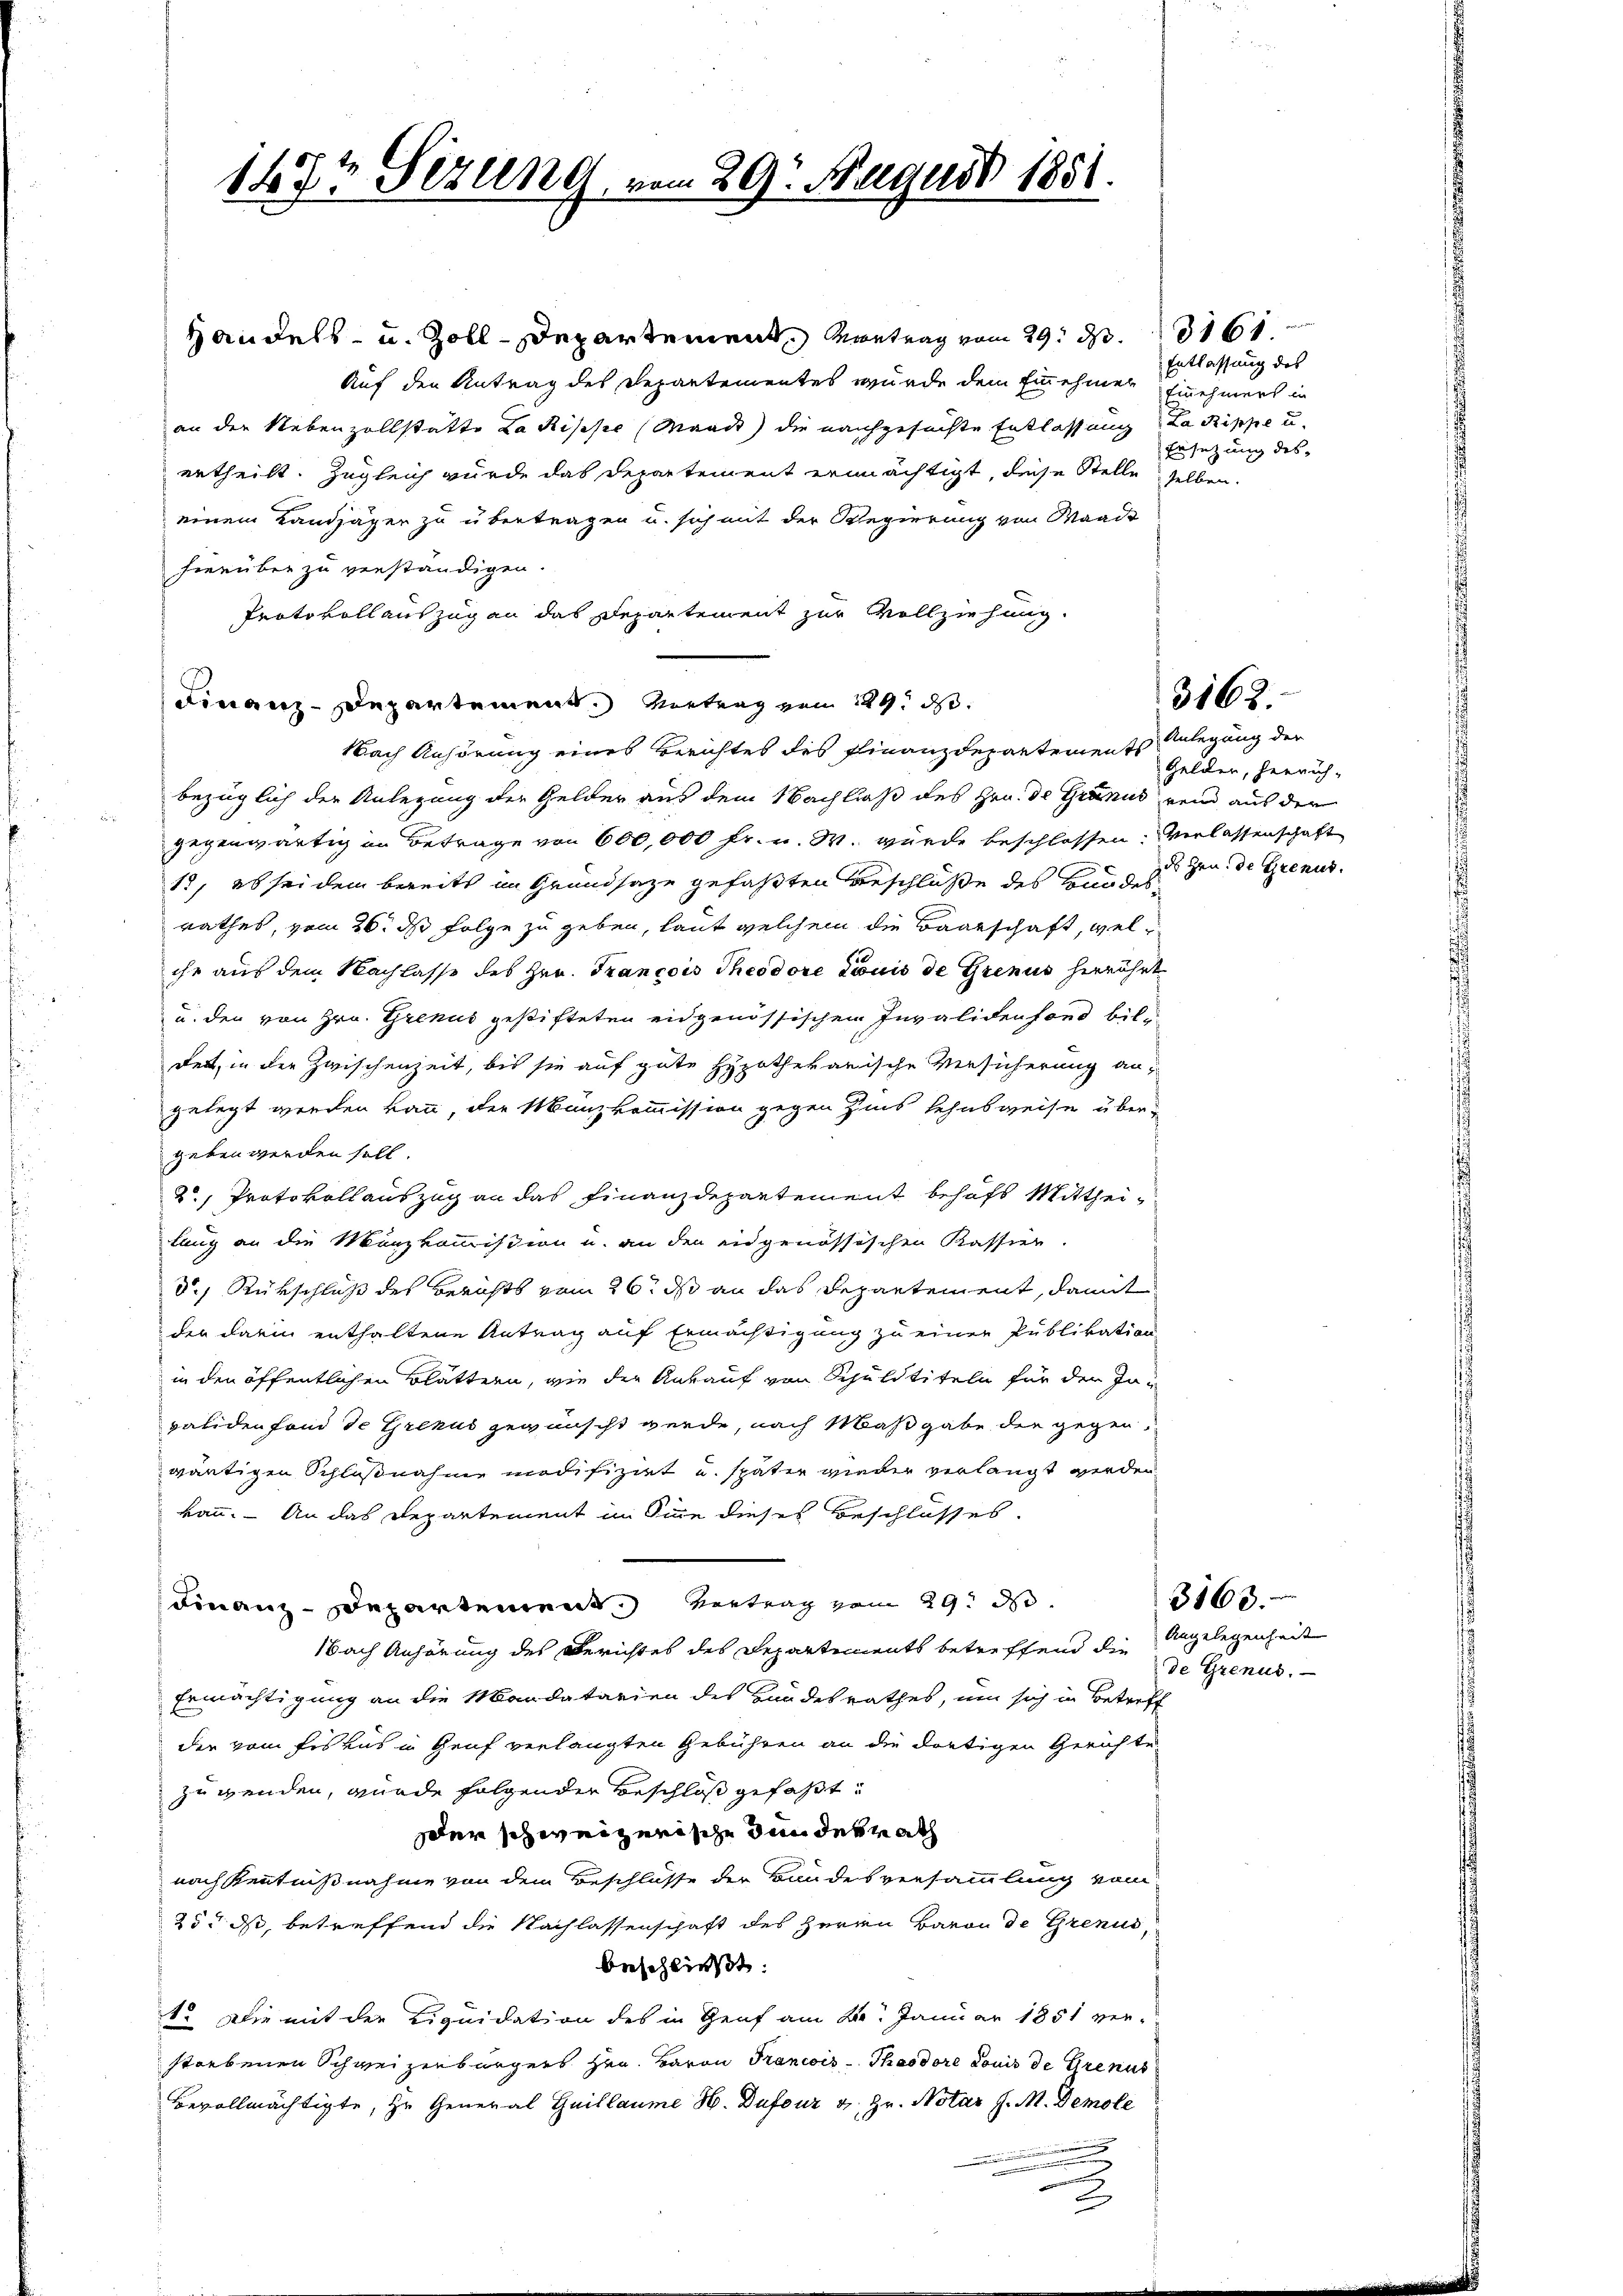
an den Nebenzollstatte Lakische (Waadt) die nachgesuchte Entlassung Lakippe u.
ertheilt. Zugleich wurde das Departement ermächtigt, diese Stelle selben.
einem Landjäger zu übertragen u. sich mit der Regierung von Waadt
hierüber zu verständigen.
Protokollauszug an das Departement zur Vollziehung.
Finanz-Departement. Vortrag vom 19. d.
bezüglich der Anlegung der Gelder aus dem Nachlaß des Hrn. De Granus, wenn aus der
gegenwärtig in Betrage von 600,000 fr. u. W. wurde beschlossen. Verlassenschaft
12, es sei dem bereits im Grundsaze gefaßten Beschlüße des Bundesrathes, vom 26. ds Folge zu geben, laut welchem die Baarschaft, welche aus dem Nachlasse des Hrn. Trancois Theodore Louis de Grenus herrührt
u. den von Hrn. Grenus gestifteten eidgenössischen Invalidenfond bildet, in der Zwischenzeit, bis sie auf gute Hypothekarische Versicherung an-
gelegt werden kann, der Manzkommission gegen Zins Sehnsweise übergeben werden soll.
2, Protokollauszug an das Finanzdepartement behufs Mittheilung an die Manzkommission u. an den eidgenössischen Kassier.
d.) Rückschluß des Berichts vom 26. ds an das Departement, damit
der darin enthaltene Antrag auf Ermächtigung zu einer Publikation
in den öffentlichen Blättern, wie der Ankauf von Schuldtiteln für den Inpalidenfond de Grenus gewünscht werde, nach Maßgabe der gegen
wärtigen Schlußnahm modifiziert und später wieder verlangt werden
kann. – An das Departement im Sinne dieses Beschlusses.
Finanzdepartement Vertrag vom 29. d.
Nach Anhörung des Berichtes des Departements betreffend die Angelegenheit
Ermächtigung an die Mandatarien des Handesrathes, um sich in Betreff
der vom Ers uns in Genf verlangten Gebühren an die dortigen Gerichte
zuwenden, wurde folgender Beschloß gefaßt:
der schweizerische denderrath
nach Kenntnißnahme von dem Beschlüsse der Bandesversammlung vom
25. ds, betreffend die Nachlassenschaft des Herrn Baron de Grenus
beschließt:
1. Die mit der Liquidation des in Genf am 22. Januar 1851 ver-
storbenen Schweizerbürgers Hrn. Baron Trancois-Thasdore Louis de Grenis
Bevollmächtigte, zu General Guillaume H. Dufour v. Hr. Notar J. M. Demole

147t Sezung, vom 29. August 1881.

Handels- u. Zoll-Departement, Vortrag vom 29. d. 161
Auf den Antrag des Departementes wurde dem Einnehmen Einnehmers in

Nach Anhörung eines Berichtes des Finanzdepartement

Entlassung des
Ersetzung des

3163.

Anlegung der
Gelden, herauf-
des Hrn. de Grenus.

3163.
de Grenus.